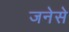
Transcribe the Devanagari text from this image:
जनेसे